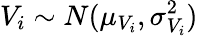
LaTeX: V_{i}\sim N(\mu_{V_{i}},\sigma_{V_{i}}^{2})